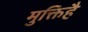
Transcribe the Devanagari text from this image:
मुक्तिहै